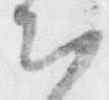
出